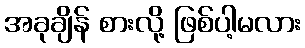
အခုချိန် စားလို့ ဖြစ်ပါ့မလား